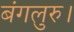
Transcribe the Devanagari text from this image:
बंगलुरु।